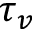
\tau _ { v }